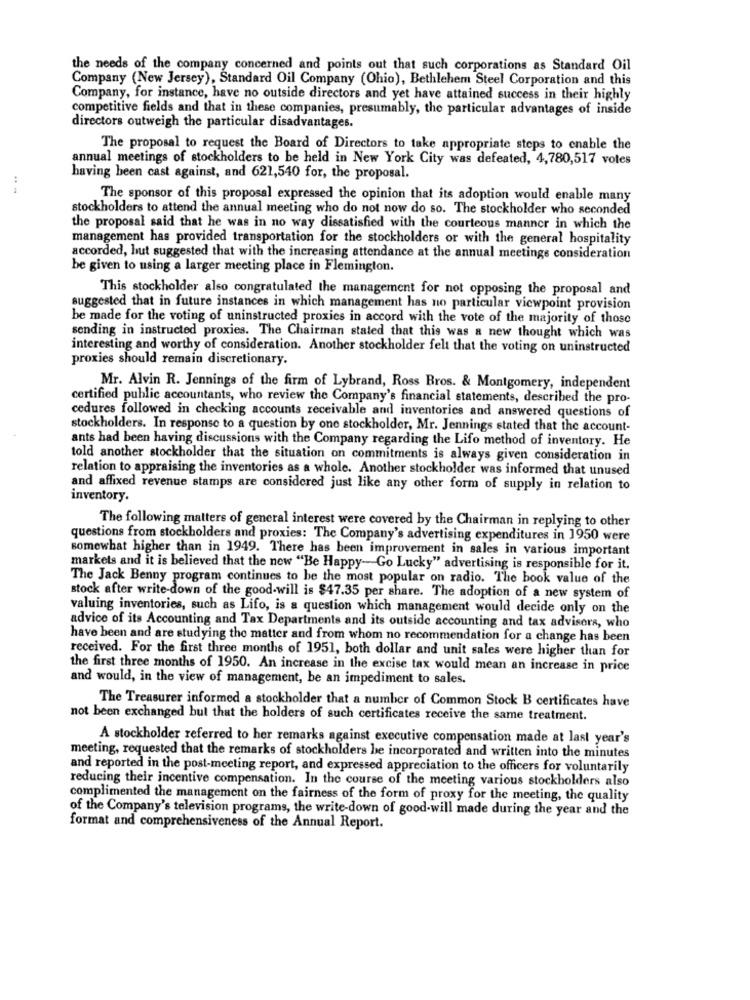
the needs of the company concerned and points out that such corporations as Standard Oil
Company (New Jersey), Standard Oil Company (Ohio), Bethlehem Steel Corporation and this
Company, for instance, have no outside directors and yet have attained success in their highly
competitive fields and that in these companies, presumably, the particular advantages of inside
directors outweigh the particular disadvantages.
The proposal to request the Board of Directors to take appropriate steps to enable the
annual meetings of stockholders to be held in New York City was defeated, 4,780,517 votes
having been cast against, and 621,540 for, the proposal.
The sponsor of this proposal expressed the opinion that its adoption would enable many
stockholders to attend the annual meeting who do not now do so. The stockholder who seconded
the proposal said that he was in no way dissatisfied with the courteous manner in which the
management has provided transportation for the stockholders or with the general hospitality
accorded, hut suggested that with the increasing attendance at the annual meetinge consideration
be given to using a larger meeting place in Flemington.
This stockholder also congratulated the management for not opposing the proposal and
suggested that in future instances in which management has no particular viewpoint provision
be made for the voting of uninstructed proxies in accord with the vote of the majority of those
sending in instructed proxies. The Chairman stated that this was a new thought which was
interesting and worthy of consideration. Another stockholder felt that the voting on uninstructed
proxies should remain discretionary.
Mr. Alvin R. Jennings of the firm of Lybrand, Ross Bros. & Montgomery, independent
certified public accountants, who review the Company's financial statements, described the pro-
cedures followed in checking accounts receivable and inventories and answered questions of
stockholders. In response to a question by one stockholder, Mr. Jennings stated that the account-
ants had been having discussions with the Company regarding the Lifo method of inventory. He
told another stockholder that the situation on commitments is always given consideration in
relation to appraising the inventories as a whole. Another stockholder was informed that unused
and affixed revenue stamps are considered just like any other form of supply in relation to
inventory.
The following matters of general interest were covered by the Chairman in replying to other
questions from stockholders and proxies: The Company's advertising expenditures in 1950 were
somewhat higher than in 1949. There has been improvement in sales in various important
markets and it is believed that the new "Be Happy-Go Lucky" advertising is responsible for it.
The Jack Benny program continues to be the most popular on radio. The book value of the
stock after write-down of the good-will is $47.35 per share. The adoption of a new system of
valuing inventories, such as Lifo, is a question which management would decide only on the
advice of its Accounting and Tax Departments and its outside accounting and tax advisors, who
have been and are studying the matter and from whom no recommendation for a change has been
received. For the first three months of 1951, both dollar and unit sales were higher than for
the first three months of 1950. An increase in the excise tax would mean an increase in price
and would, in the view of management, be an impediment to sales.
The Treasurer informed a stockholder that a number of Common Stock B certificates have
not been exchanged bul that the holders of such certificates receive the same treatment.
A stockholder referred to her remarks against executive compensation made at last year's
meeting, requested that the remarks of stockholders be incorporated and written into the minutes
and reported in the post-meeting report, and expressed appreciation to the officers for voluntarily
reducing their incentive compensation. In the course of the meeting various stockholders also
complimented the management on the fairness of the form of proxy for the meeting, the quality
of the Company's television programs, the write-down of good-will made during the year and the
format and comprehensiveness of the Annual Report.